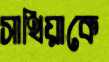
সাথিয়াকে